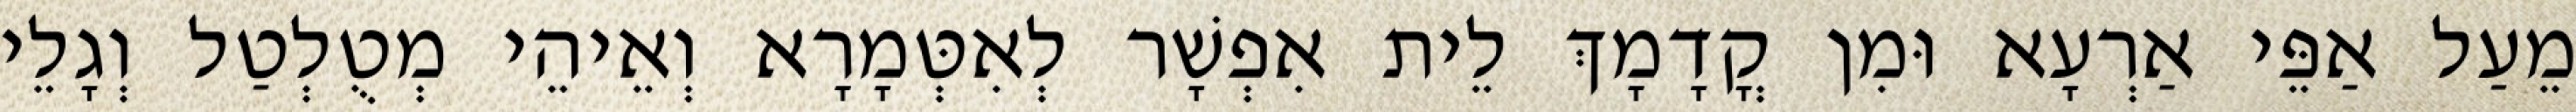
מֵעַל אַפֵּי אַרְעָא וּמִן קֳדָמָךְ לֵית אִפְשָׁר לְאִטְּמָרָא וְאֵיהֵי מְטֻלְטַל וְגָלֵי